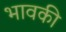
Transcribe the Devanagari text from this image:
भावकी